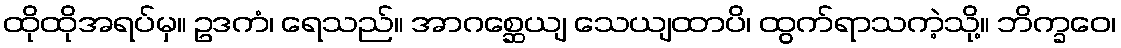
ထိုထိုအရပ်မှ။ ဥဒကံ၊ ရေသည်။ အာဂစ္ဆေယျ သေယျထာပိ၊ ထွက်ရာသကဲ့သို့။ ဘိက္ခဝေ၊